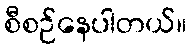
စီစဉ်နေပါတယ်။